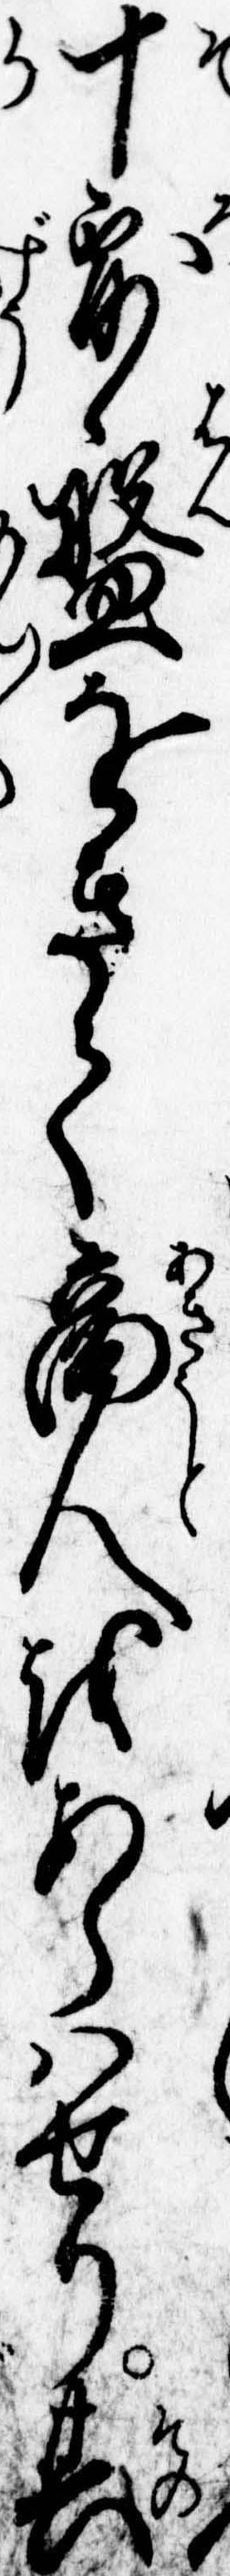
十露盤をきて商人をあらはせり其